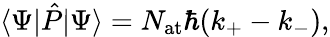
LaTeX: \langle\Psi\vert{\hat{P}}\vert\Psi\rangle=N_{\mathrm{{at}}}\hbar(k_{+}-k_{-}),